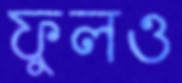
ফুলও